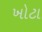
ખોટા